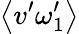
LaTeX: \left\langle v^{\prime}\omega_{1}^{\prime}\right\rangle